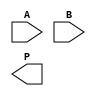
module radix4_wallace_tree_multiplier (
    input [7:0] A, // 8-bit multiplicand
    input [7:0] B, // 8-bit multiplier
    output reg [15:0] P // 16-bit product
);

    // Partial products
    wire [15:0] pp[0:3]; // Partial products storage
    wire [15:0] sum[0:3]; // Sum wires for Wallace tree
    wire [15:0] carry[0:3]; // Carry wires for Wallace tree

    // Generate partial products based on the bits of B
    assign pp[0] = (B[1:0] == 2'b01) ? A : 16'b0; // A
    assign pp[1] = (B[1:0] == 2'b10) ? (A << 1) : 16'b0; // A << 1
    assign pp[2] = (B[1:0] == 2'b11) ? (A + (A << 1)) : 16'b0; // A + (A << 1)
    assign pp[3] = (B[3:2] == 2'b01) ? (A << 2) : 16'b0; // A << 2
    assign pp[4] = (B[3:2] == 2'b10) ? (A << 3) : 16'b0; // A << 3
    assign pp[5] = (B[3:2] == 2'b11) ? (A + (A << 2)) : 16'b0; // A + (A << 2)
    assign pp[6] = (B[5:4] == 2'b01) ? (A << 4) : 16'b0; // A << 4
    assign pp[7] = (B[5:4] == 2'b10) ? (A << 5) : 16'b0; // A << 5
    assign pp[8] = (B[5:4] == 2'b11) ? (A + (A << 4)) : 16'b0; // A + (A << 4)
    assign pp[9] = (B[7:6] == 2'b01) ? (A << 6) : 16'b0; // A << 6
    assign pp[10] = (B[7:6] == 2'b10) ? (A << 7) : 16'b0; // A << 7
    assign pp[11] = (B[7:6] == 2'b11) ? (A + (A << 6)) : 16'b0; // A + (A << 6)

    // Wallace tree reduction stage 1
    // Summation using full adders (simplified for illustration)
    // Each group of three bits is processed
    wire [15:0] temp_sum0, temp_carry0;
    wire [15:0] temp_sum1, temp_carry1;

    // Example of Full Adder logic for one stage
    assign {temp_carry0, temp_sum0} = pp[0] + pp[1] + pp[2]; // First group
    assign {temp_carry1, temp_sum1} = pp[3] + pp[4] + pp[5]; // Second group

    // Further stages and final addition would be implemented here

    // Final addition for the product
    always @(*) begin
        P = temp_sum0 + temp_sum1; // Final result simplified
    end

endmodule